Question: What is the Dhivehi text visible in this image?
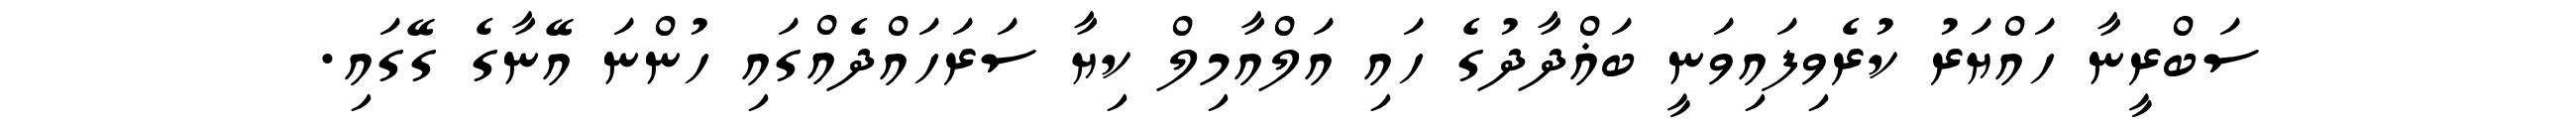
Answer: ސަބްރީނާ ހައްޔަރު ކުރެވިފައިވަނީ ބަޣްދާދުގެ ހައި އަލްއާމިލް ކިޔާ ސަރަހައްދެއްގައި ހުންނަ އޭނާގެ ގޭގައި.